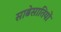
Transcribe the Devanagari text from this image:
साढेसातियों